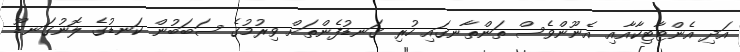
އަދި އެންޓާޓިކާއާއި އެނޫންވެސް ތަންތާނގައި ހުރިި ގަނޑުފެންތަށް ވިރުމުގެ ސަބަބުން ކަނޑުގެ ލޮނުގަނޑޫ